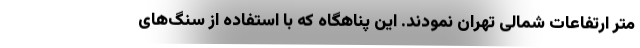
متر ارتفاعات شمالی تهران نمودند. این پناهگاه که با استفاده از سنگ‌های